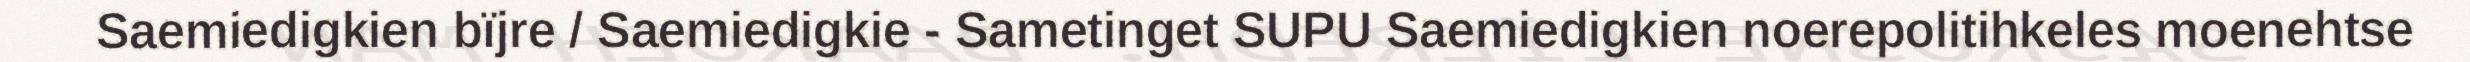
Saemiedigkien bïjre / Saemiedigkie - Sametinget SUPU Saemiedigkien noerepolitihkeles moenehtse